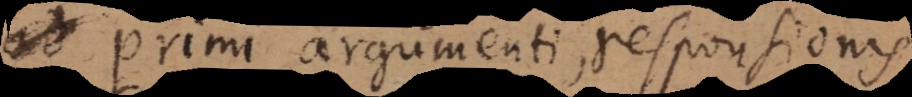
primi argumenti, responsionis